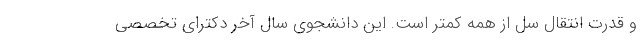
و قدرت انتقال سل از همه کمتر است. این دانشجوی سال آخر دکترای تخصصی